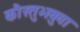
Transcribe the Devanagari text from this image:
कौस्तुभबुवा